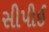
સીપીઈ